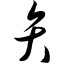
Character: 弁